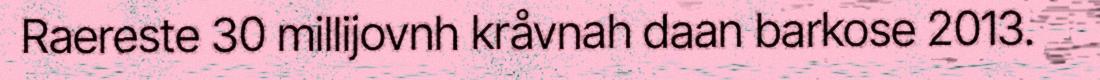
Raereste 30 millijovnh kråvnah daan barkose 2013.